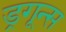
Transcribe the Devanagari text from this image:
ड्रगून्स